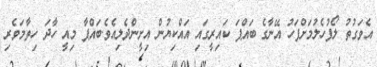
އެވަގުތު ލޯފުހެލުމަށްފަހު އޭނާގެ ބައްޕަ ކައިރީގައި އައްކިޔުން އިށީންދެލިއެވެ.ބައްޕާ މިއީ ހާދަ ހިތާމަވެރި